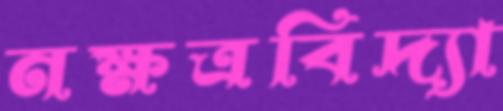
নক্ষত্রবিদ্যা